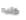
كتبه